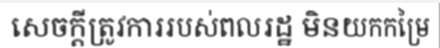
សេចក្តីត្រូវការរបស់ពលរដ្ឋ មិនយកកម្រៃ